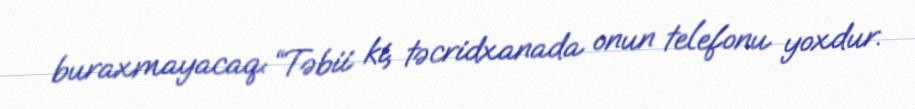
buraxmayacaq: “Təbii ki, təcridxanada onun telefonu yoxdur.